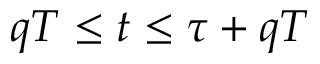
q T \leq t \leq \tau + q T